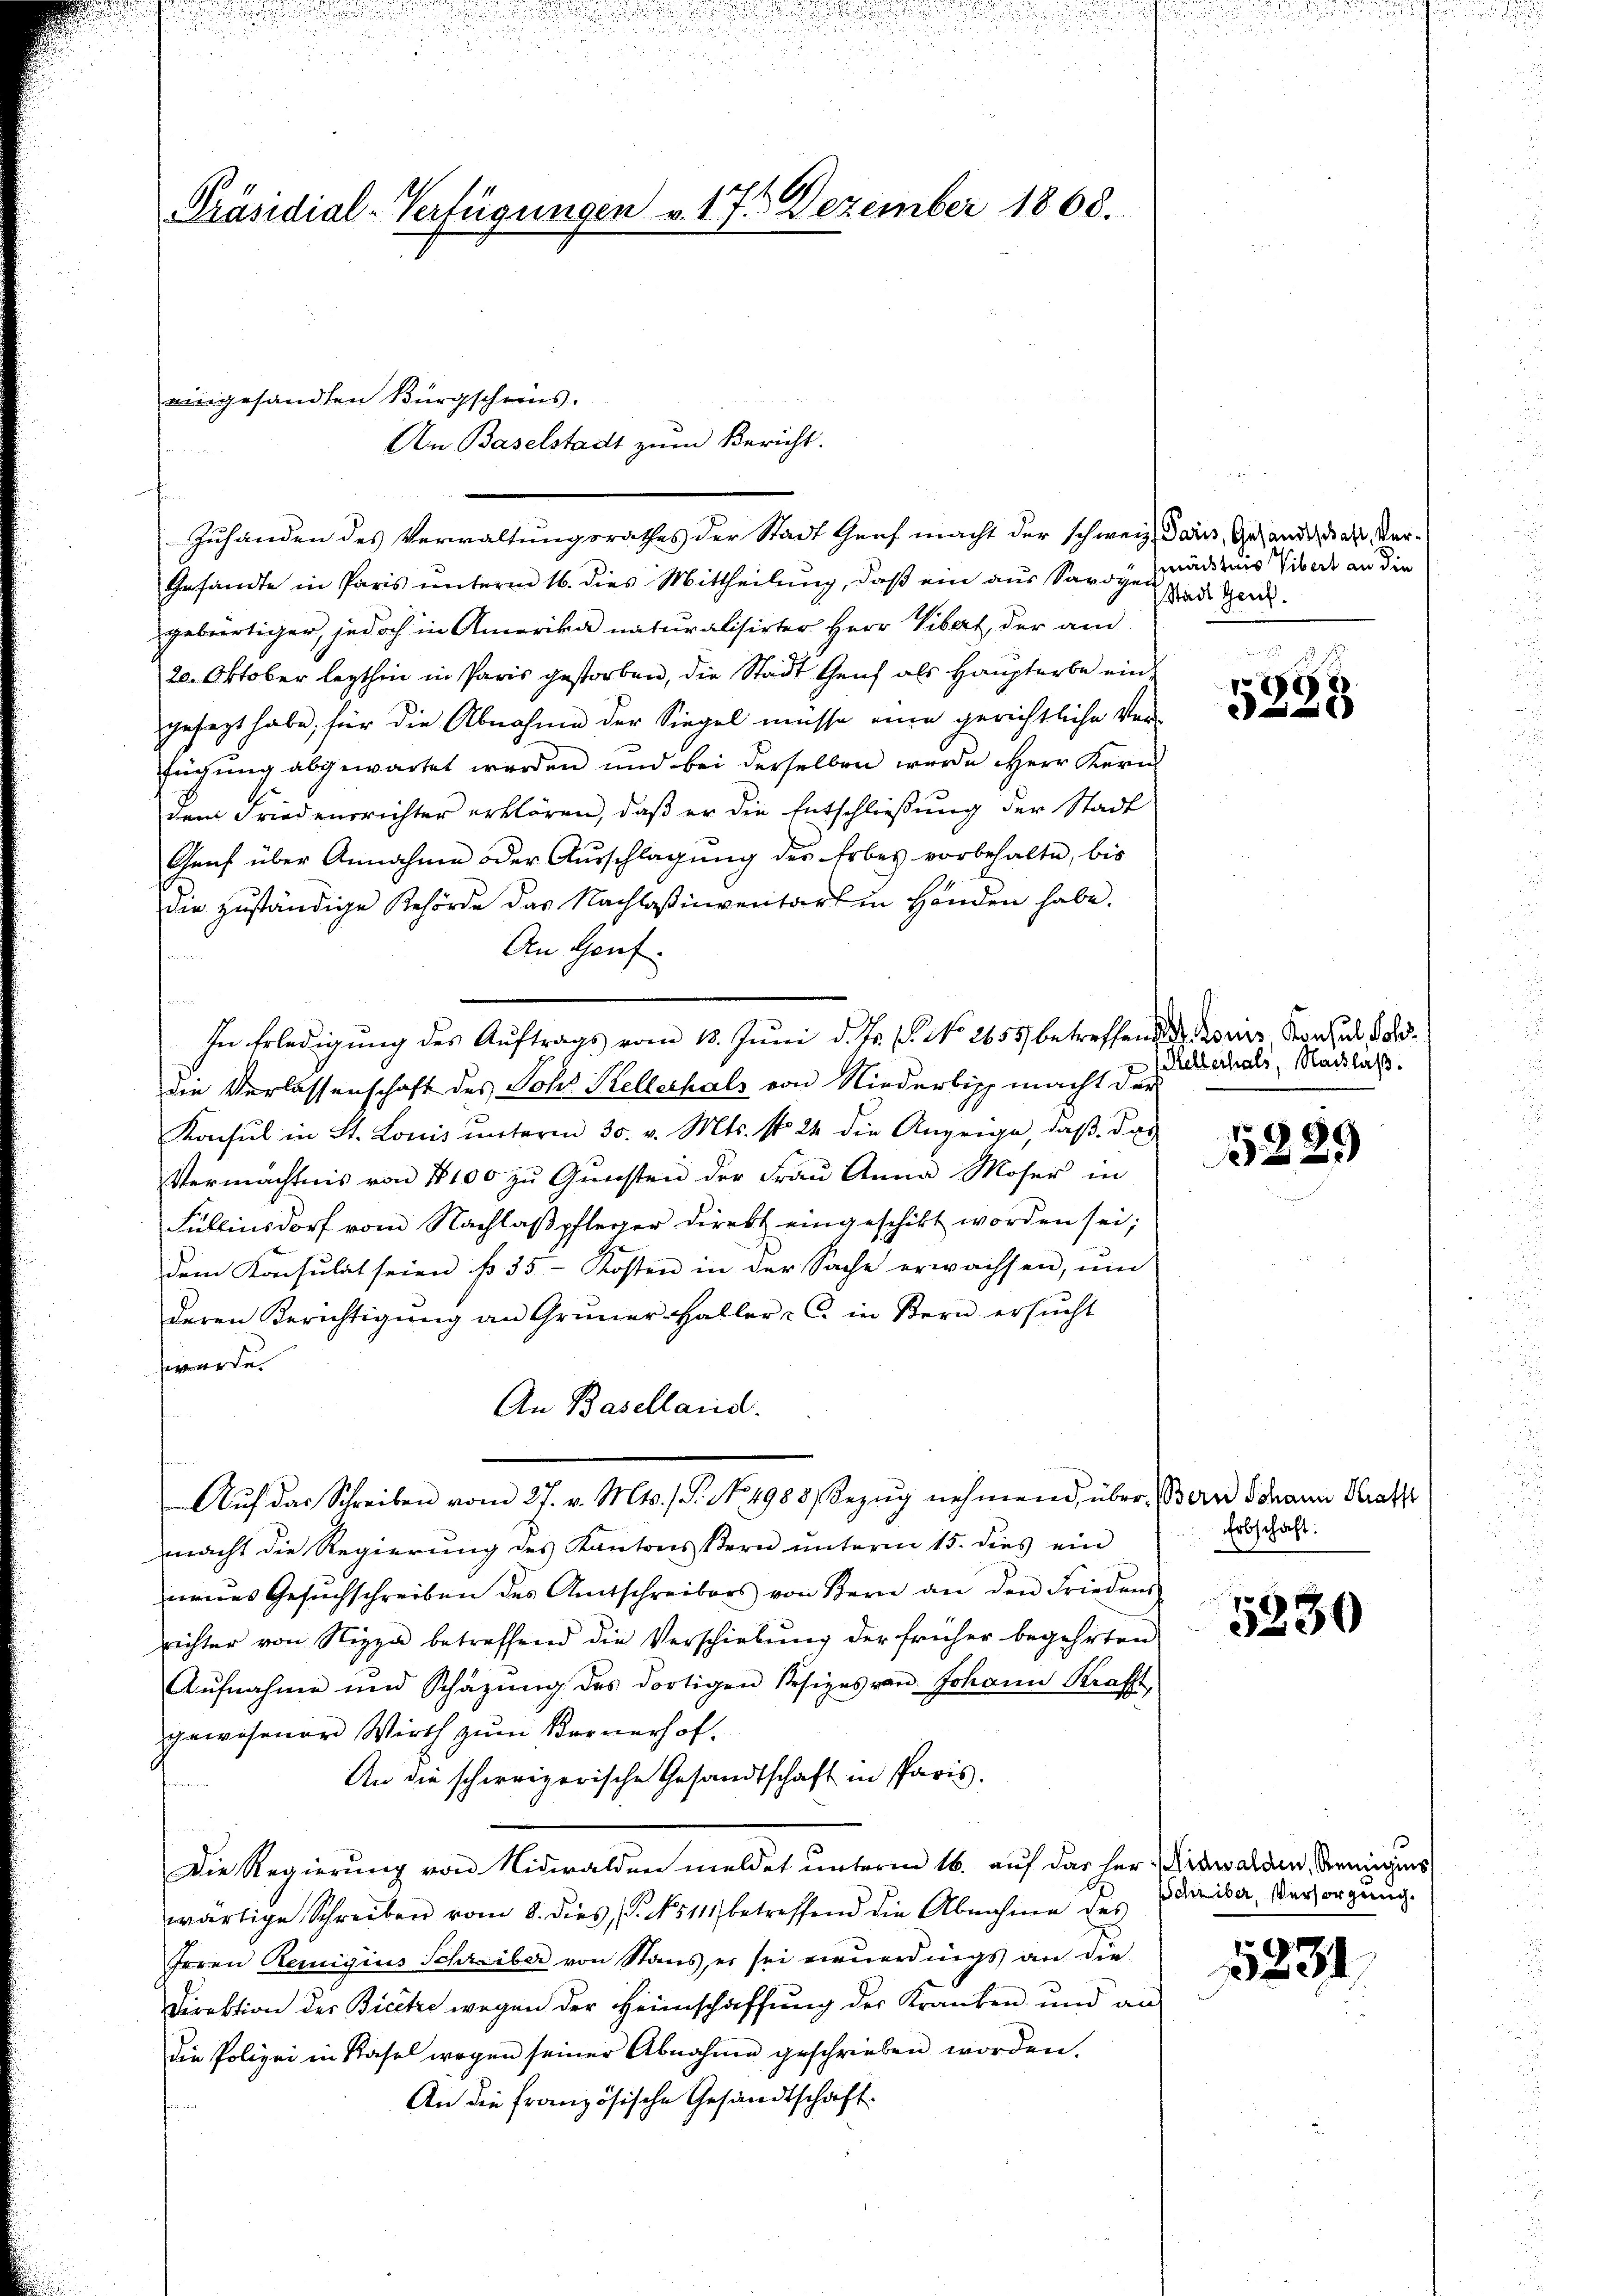
Präsidial-Verfügungen v. 17. Dezember 1868.

eingesandten Bürgscheins.
Zuhanden des Verwaltungsrathes der Stadt Genf macht der schweiz. Tais, Gesandthal, Ver¬

Gesandte in Paris unterm 16. dies Mittheilung, daß ein aus Savoye admis Visa an die
gebürtiger, jedoch in Amerika naturalisirter Herr Vibert, der am
20. Oktober lezthin in Paris gestorben, die Stadt Genf als Hauptarbe eingesagt habe, für die Abnahme der Siegel müsse eine gerichtliche Verfügung abgewartet werden und bei derselben wurde Herr Kern
dem Friedensrichter erklären, daß er die Entschließung der Stadt
Grŭf über Annahme oder Aŭsschlagung des Erbes vorbehalte, bis
die zuständige Behörde das Nachlaßinventars in Handen habe.
An Genf.
e
In Erledigung des Auftrags vom 18. Juni d. Js. f. No 1655 betreffende eine Konzes dadie Verlassenschaft des Joh. Kellerhals von Niederlich macht der
Konsul in St. Lonis ŭnterm 30. v. Mts. No 24 die Anzeige, daβ das
Vermächtnis von 1100 zu Gunsten der Frau Anna Moser in
Füllinsdorf vom Nachlaβ pfleger direkt eingeschikt worden sei;
dem Konsulat seien § 35. Kosten in der Sache erwachsen, ŭm
deren Berichtigŭng an Gruner-Haller - u. in Bern ersŭcht
herede.
An Baselland.
Aŭf das Schreiben vom 27. v. Mts. 1. No. 4988, Bezug nehmend, über, Band dann Kratz
macht die Regierung des Kantonsstern ŭnterm 15. dies ein
neues Gesŭchschreiben des Amtschreibers von Bern an den Friedens
richter von Nizza betreffend die Verschiebung der früher begehrten
Aŭfnahme und Schäzŭng des dortigen Besizes von Johann Kraft
gewesener Wirth zum Kernerhof.
An die schweizerische Gesandtschaft in Paris.
Die Regierung von Nidwalden meldet unterm 16. auf das her rawalden, wenigens
wärtige Schreiben vom 8. dies, P. No 111 betreffend die Abnahme des
Irren Remigius Schreiber von Stans, er sei vernerdings an die
Direktion der Bicetze wegen der Heimschaffung der Kranken und an
die Polizei in Rasel wegen seiner Abnahme geschrieben worden.
An die französische Gesandtschaft

An Baselstadt zum Bericht.

d
h

Stadt Genf.

f 0 x
e

Kellerhals, Nachlaß.

5229

Erbschaft:

5230

Schriber, Versorgung.

1231